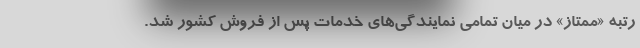
رتبه «ممتاز» در میان تمامی نمایندگی‌های خدمات پس از فروش کشور شد.